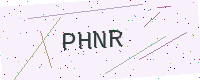
Text: PHNR